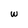
Character: w